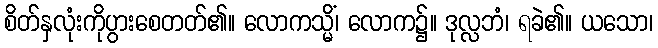
စိတ်နှလုံးကိုပွားစေတတ်၏။ လောကသ္မိံ၊ လောက၌။ ဒုလ္လဘံ၊ ရခဲ၏။ ယသော၊